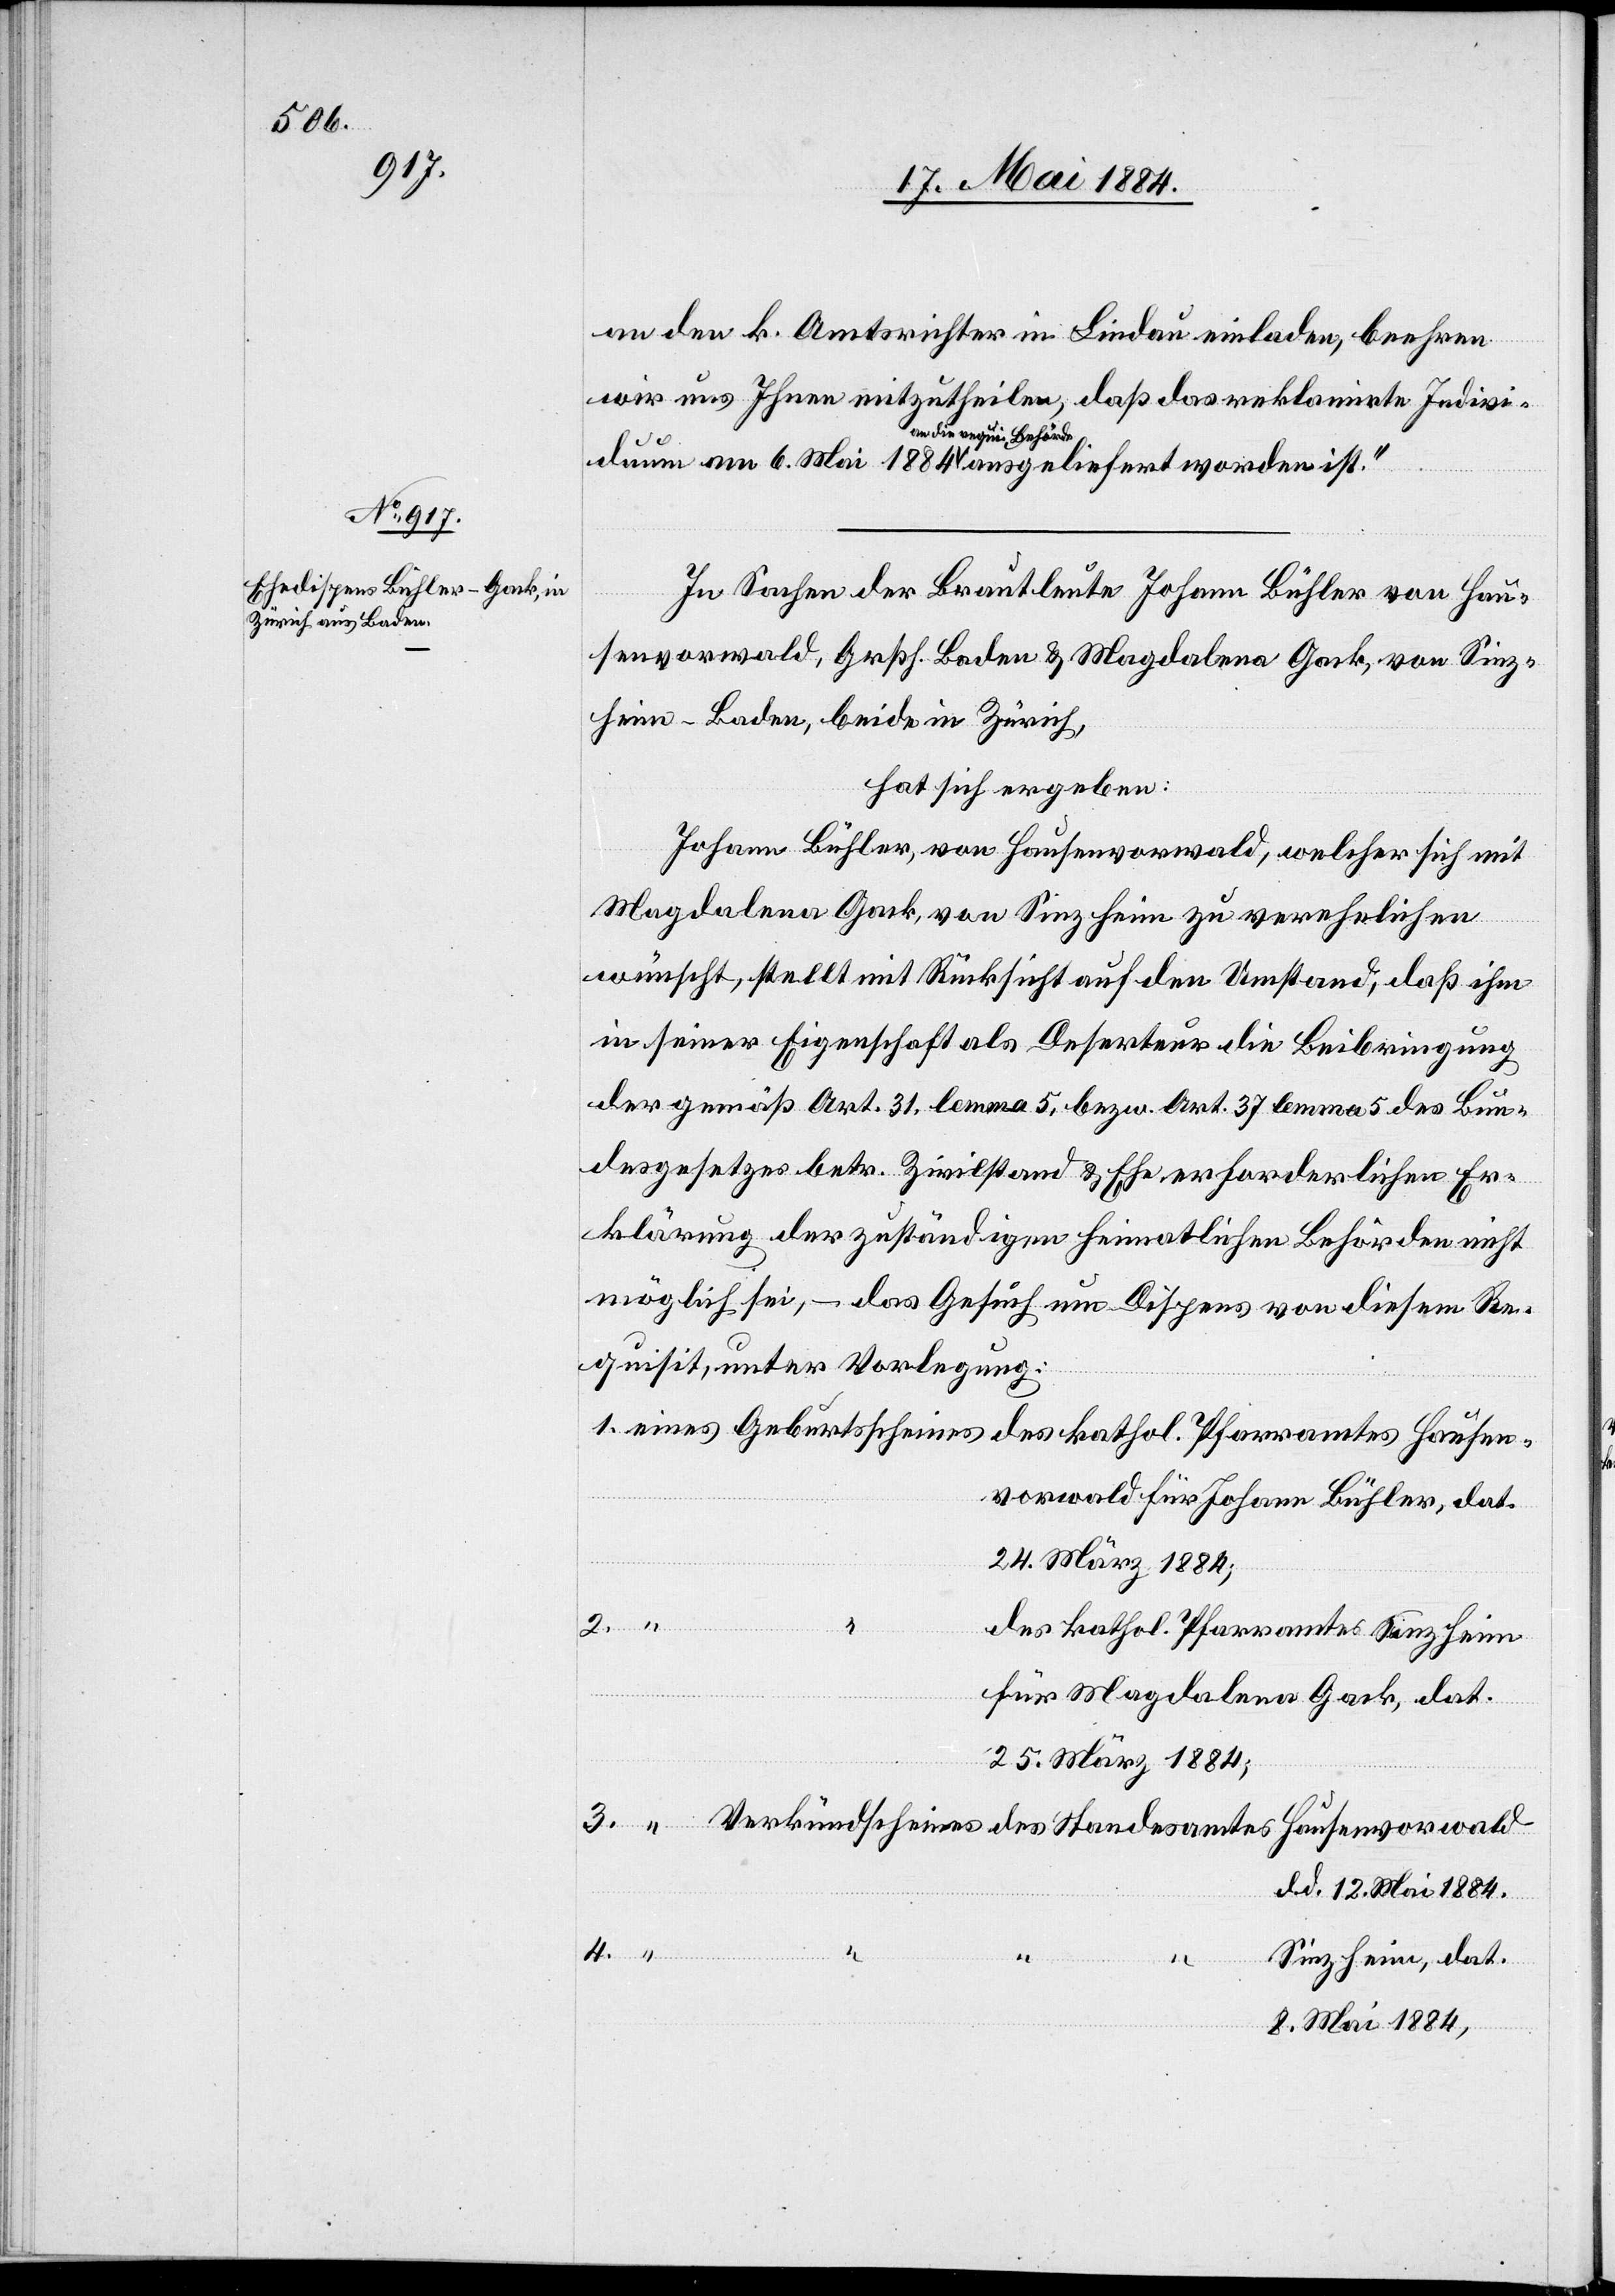
an den k. Amtsrichter in Lindau einladen, beehren
wir uns Ihnen mitzutheilen, daß das reklamirte Indivi¬
a-an die requi. Behörde-a
In Sachen der Brautleute Johann Bühler von Hau¬
senvorwald, Großh. Baden & Magdalena Gack, von Sinz¬
heim - Baden, beide in Zürich,
hat sich ergeben:
Johann Bühler, von Hausenvorwald, welcher sich mit
Magdalena Gack, von Sinzheim zu verehelichen
amtes
wünscht, stellt mit Rücksicht auf den Umstand, daß ihm
in seiner Eigenschaft als Deserteur die Beibringung
der gemäß Art. 31, lemma 5, bezw. Art. 37 lemma 5 des Bun¬
desgesetzes betr. Zivilstand & Ehe erforderliche Er¬
klärung der zuständigen heimatlichen Behörde nicht
möglich sei, – das Gesuch um Dispens von diesem Re¬
quisit, unter Vorlegung:
des kathol. Pfarramtes Hausen¬
vorwald für Johann Bühler, dat.
24. März 1884;
4.
des kathol. Pfarramtes Sinzheim
für Magdalena Gack, dat.
25. März 1884;
Hausenvorwald
d. d. 12. Mai 1884.
Sinzheim, dat.
8. Mai 1884,